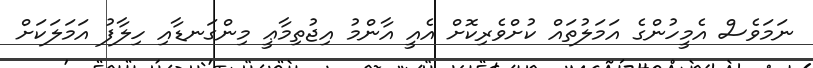
ނަމަވެސް އެމީހުންގެ އަމަލުތައް ކުށްވެރިކޮށް އެއީ އާންމު އިޖުތިމާޢީ މިންގަނޑާއި ހިލާފު އަމަލަކަށް